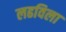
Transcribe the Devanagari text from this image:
लढविला